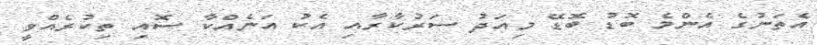
އެތަނުގެ އެންމެ ބޮޑު ބޮޑޭ މިއަދު ސަރުކާރާއި އެކު އަނެއްކާ ސޮއި ތިކުރެއްވީ